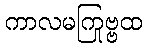
ကာလမကြုဗ္ဗထ